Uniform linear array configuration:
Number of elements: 4
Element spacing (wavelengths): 0.5
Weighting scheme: binomial
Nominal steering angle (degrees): -15
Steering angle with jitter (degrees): -15.811
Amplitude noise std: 0.05
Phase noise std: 0.05

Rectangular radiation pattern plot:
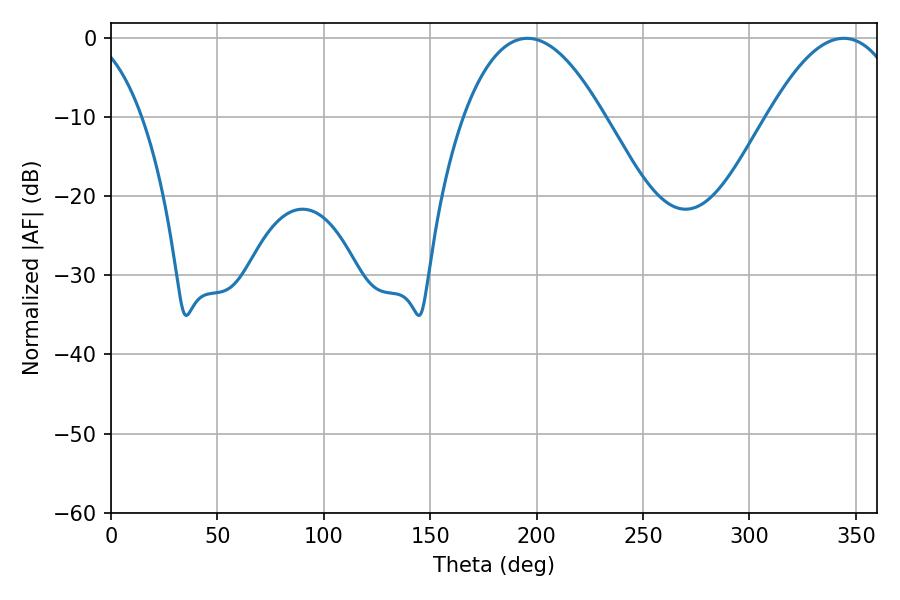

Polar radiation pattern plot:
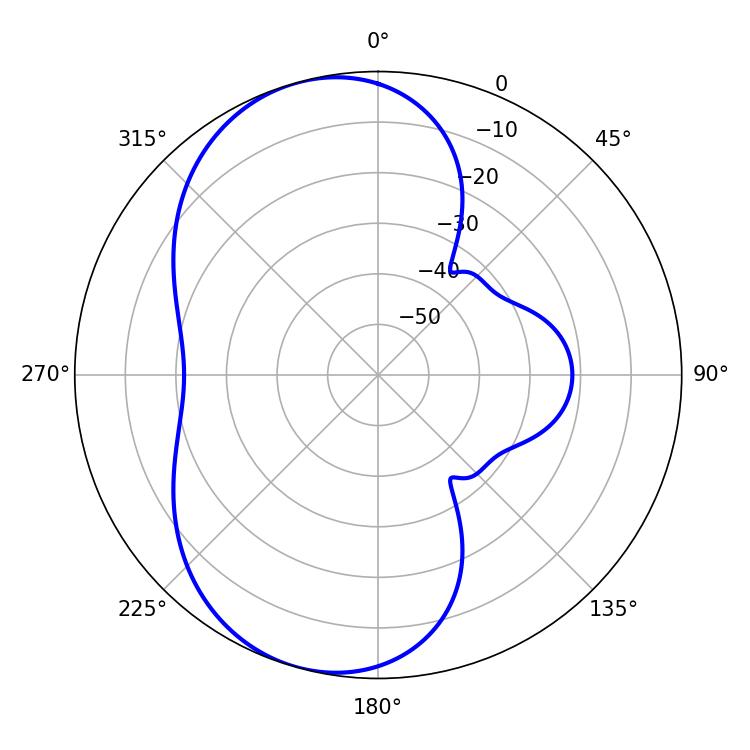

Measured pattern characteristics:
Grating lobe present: FALSE
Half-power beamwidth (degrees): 36.36
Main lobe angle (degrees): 195.66